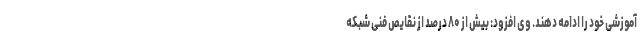
آموزشی خود را ادامه دهند. وی افزود: بیش از ۸۰ درصد از نقایص فنی شبکه